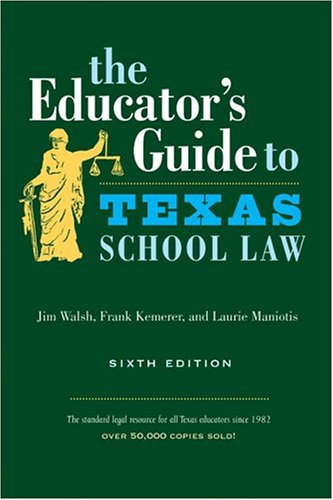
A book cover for The Educator's Guide to Texas School Law: Sixth Edition; Jim Walsh; Education & Teaching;